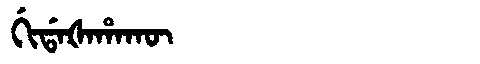
Manchu: ᡤᡳᡩᠠᡧᠠᡥᠠᡴᡡ
Romanization: GIDAŠAHAKŪ